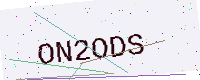
Text: ON2ODS